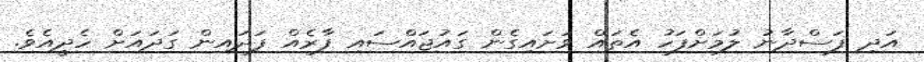
އަދި ފަސްދާނު ލުމަށްފަހު އެތައް ވަށައިގެން ގައުޖައްސައި ފާރެއް ފަދައިން ގަދައަށް ހެދީއެވެ.